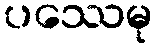
ပဿေမု